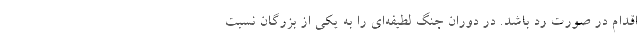
اقدام در صورت رد باشد. در دوران جنگ لطیفه‌ای را به یکی از بزرگان نسبت